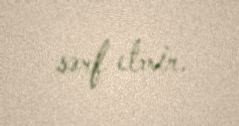
sərf etmir.